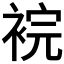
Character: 𧚁